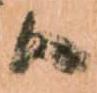
候